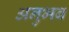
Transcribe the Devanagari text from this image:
अनुभब